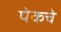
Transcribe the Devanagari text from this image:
पेकचे